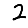
Digit: 2